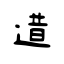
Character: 逪